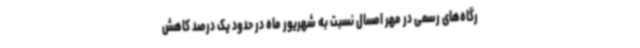
رگاه‌های رسمی در مهر امسال نسبت به شهریور ماه در حدود یک درصد کاهش